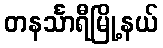
တနင်္သာရီမြို့နယ်